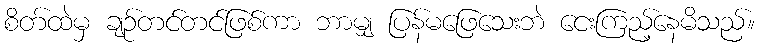
စိတ်ထဲမှ ချဉ်တင်တင်ဖြစ်ကာ ဘာမျှ ပြန်မဖြေသေးဘဲ ငေးကြည့်နေမိသည်။